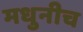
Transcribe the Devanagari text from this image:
मधुनीच